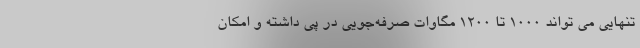
تنهایی می تواند ۱۰۰۰ تا ۱۲۰۰ مگاوات صرفه‌جویی در پی داشته و امکان